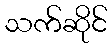
သက်ဆိုင်